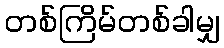
တစ်ကြိမ်တစ်ခါမျှ